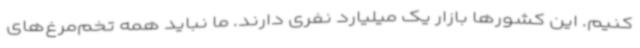
کنیم. این کشورها بازار یک میلیارد نفری دارند. ما نباید همه تخم‌مرغ‌های